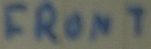
Text: FRONT